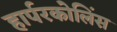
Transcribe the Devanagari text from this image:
हार्परकोलिंस